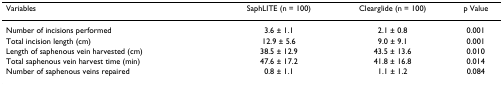
<table><thead><tr><td><b>Variables</b></td><td><b>SaphLITE (n = 100)</b></td><td><b>Clearglide (n = 100)</b></td><td><b>p Value</b></td></tr></thead><tbody><tr><td>Number of incisions performed</td><td>3.6 ± 1.1</td><td>2.1 ± 0.8</td><td>0.001</td></tr><tr><td>Total incision length (cm)</td><td>12.9 ± 5.6</td><td>9.0 ± 9.1</td><td>0.001</td></tr><tr><td>Length of saphenous vein harvested (cm)</td><td>38.5 ± 12.9</td><td>43.5 ± 13.6</td><td>0.010</td></tr><tr><td>Total saphenous vein harvest time (min)</td><td>47.6 ± 17.2</td><td>41.8 ± 16.8</td><td>0.014</td></tr><tr><td>Number of saphenous veins repaired</td><td>0.8 ± 1.1</td><td>1.1 ± 1.2</td><td>0.084</td></tr></tbody></table>